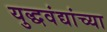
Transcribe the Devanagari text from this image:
युद्धवंद्यांच्या